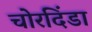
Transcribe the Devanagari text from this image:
चोरदिंडा